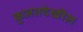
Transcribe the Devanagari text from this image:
कुजतदेखील